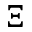
\Xi